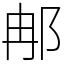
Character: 𨚗